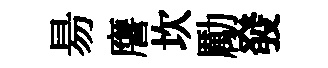
昜譍坎勵發